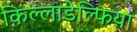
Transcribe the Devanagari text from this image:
किल्लाडेल्फिया